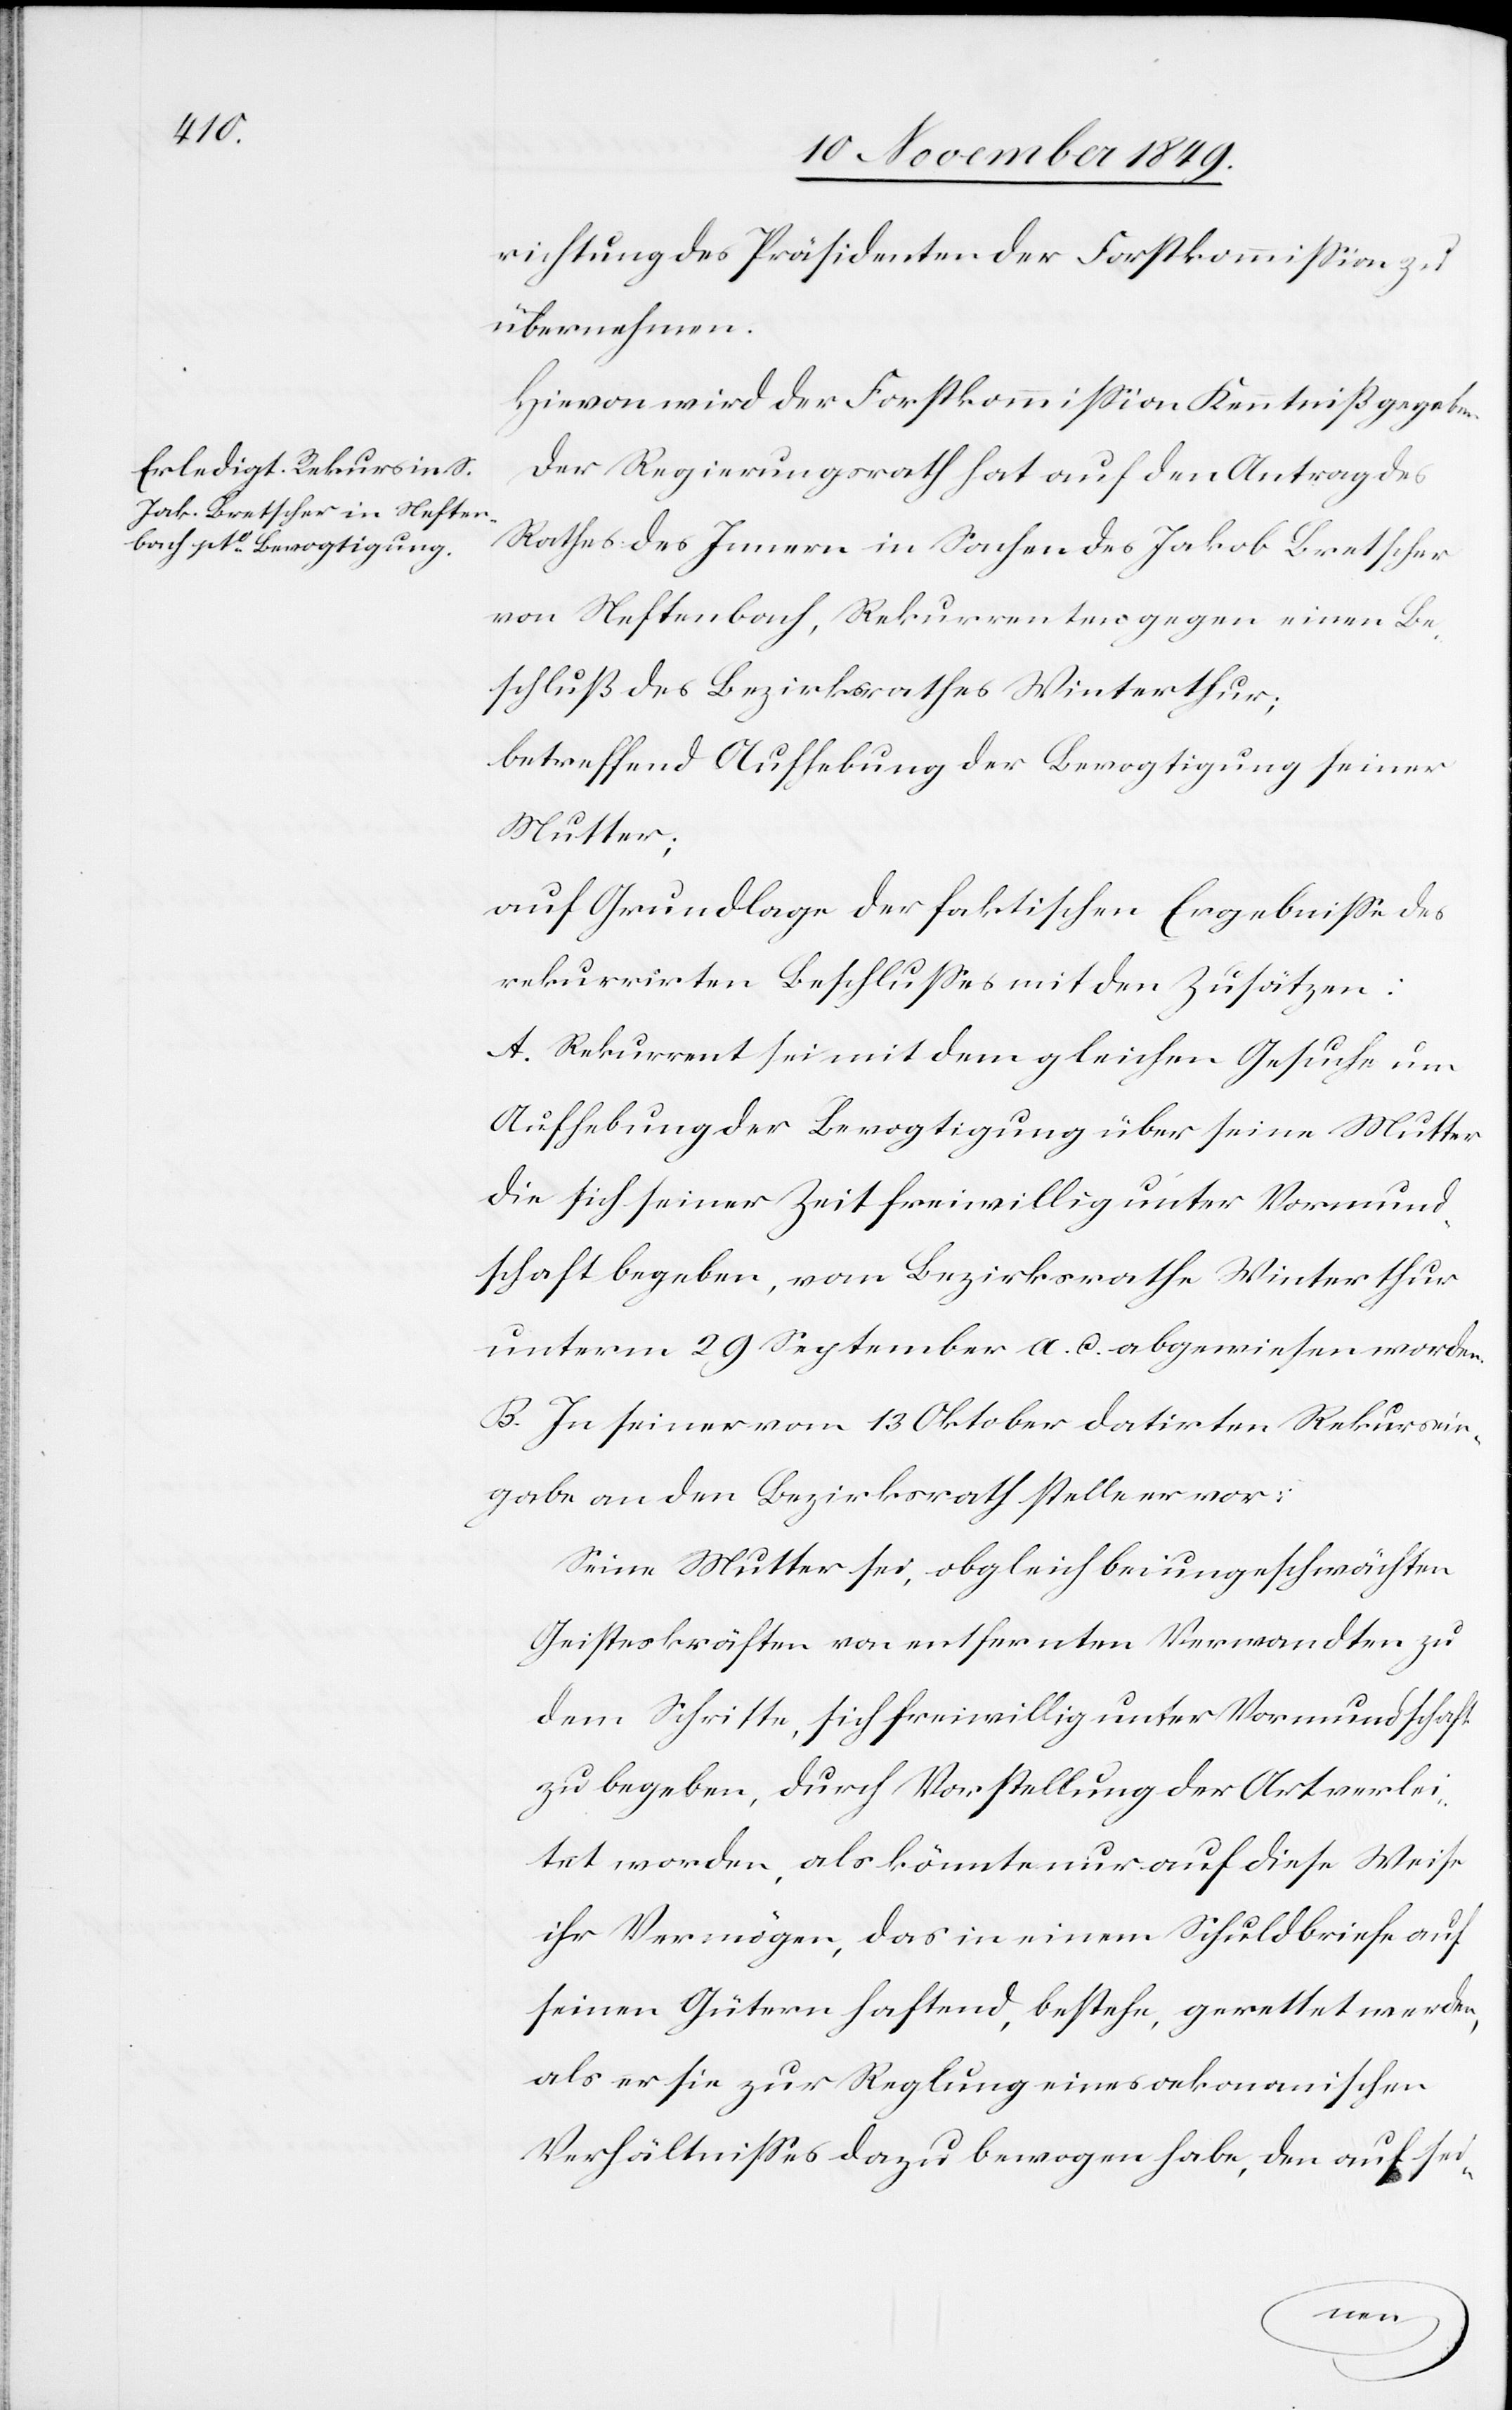
richtung des Präsidenten der Forstkommißion zu
übernehmen.
Hievon wird der Forstkommißion Kenntniß gegeben.
Der Regierungsrath hat auf den Antrag des
Rathes des Innern in Sachen des Jakob Bretscher
von Neftenbach, Rekurrenten gegen einen Be¬
schluß des Bezirksrathes Winterthur;
betreffend Aufhebung der Bevogtigung seiner
Mutter;
auf Grundlage der faktischen Ergebniße des
rekurrirten Beschlußes mit den Zusätzen:
A. Rekurrent sei mit dem gleichen Gesuche um
Aufhebung der Bevogtigung über seine Mutter
die sich seiner Zeit freiwillig unter Vormund¬
schaft begeben, vom Bezirksrathe Winterthur
unterm 29 September a. c. abgewiesen worden.
B. In seiner vom 13 Oktober datirten Rekursein¬
gabe an den Bezirksrath stelle er vor:
Seine Mutter sei, obgleich bei ungeschwächten
Geisteskräften von entfernten Verwandten zu
dem Schritte, sich freiwillig unter Vormundschaft
zu begeben, durch Vorstellung der Art verlei¬
tet worden, als könnte nur auf diese Weise
ihr Vermögen, das in einem Schuldbriefe auf
seinen Gütern haftend, bestehe, gerettet werden,
als er sie zur Reglung eines oekonomischen
Verhältnißes dazu bewogen habe, den auf sei-